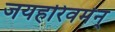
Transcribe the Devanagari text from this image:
जयहरिवर्मन्